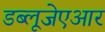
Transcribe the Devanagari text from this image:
डब्लूजेएआर